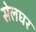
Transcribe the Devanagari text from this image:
सेलघर